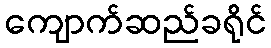
ကျောက်ဆည်ခရိုင်